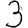
Digit: 3